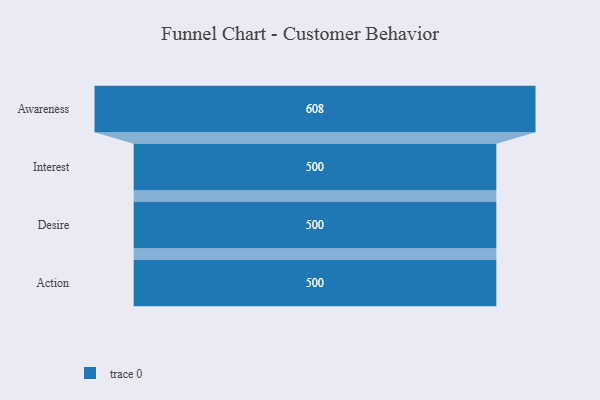
{"axis": {"x": "Stage", "y": "Value"}, "legend": [""], "data": [{"x": "Awareness", "y": 608.0, "type": ""}, {"x": "Interest", "y": 500, "type": ""}, {"x": "Desire", "y": 500, "type": ""}, {"x": "Action", "y": 500, "type": ""}]}